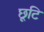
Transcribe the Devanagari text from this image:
छूटि